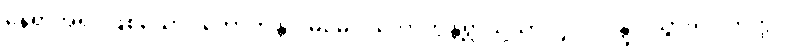
နေရာအရပ်ဖြစ်သော။ ဘောက္ကန္တဂါမမေဝ၊ ဘောက္ကန္တရွာသို့သာလျှင်။ ဂန္တွာ၊ သွား၍။ တတ္ထ၊